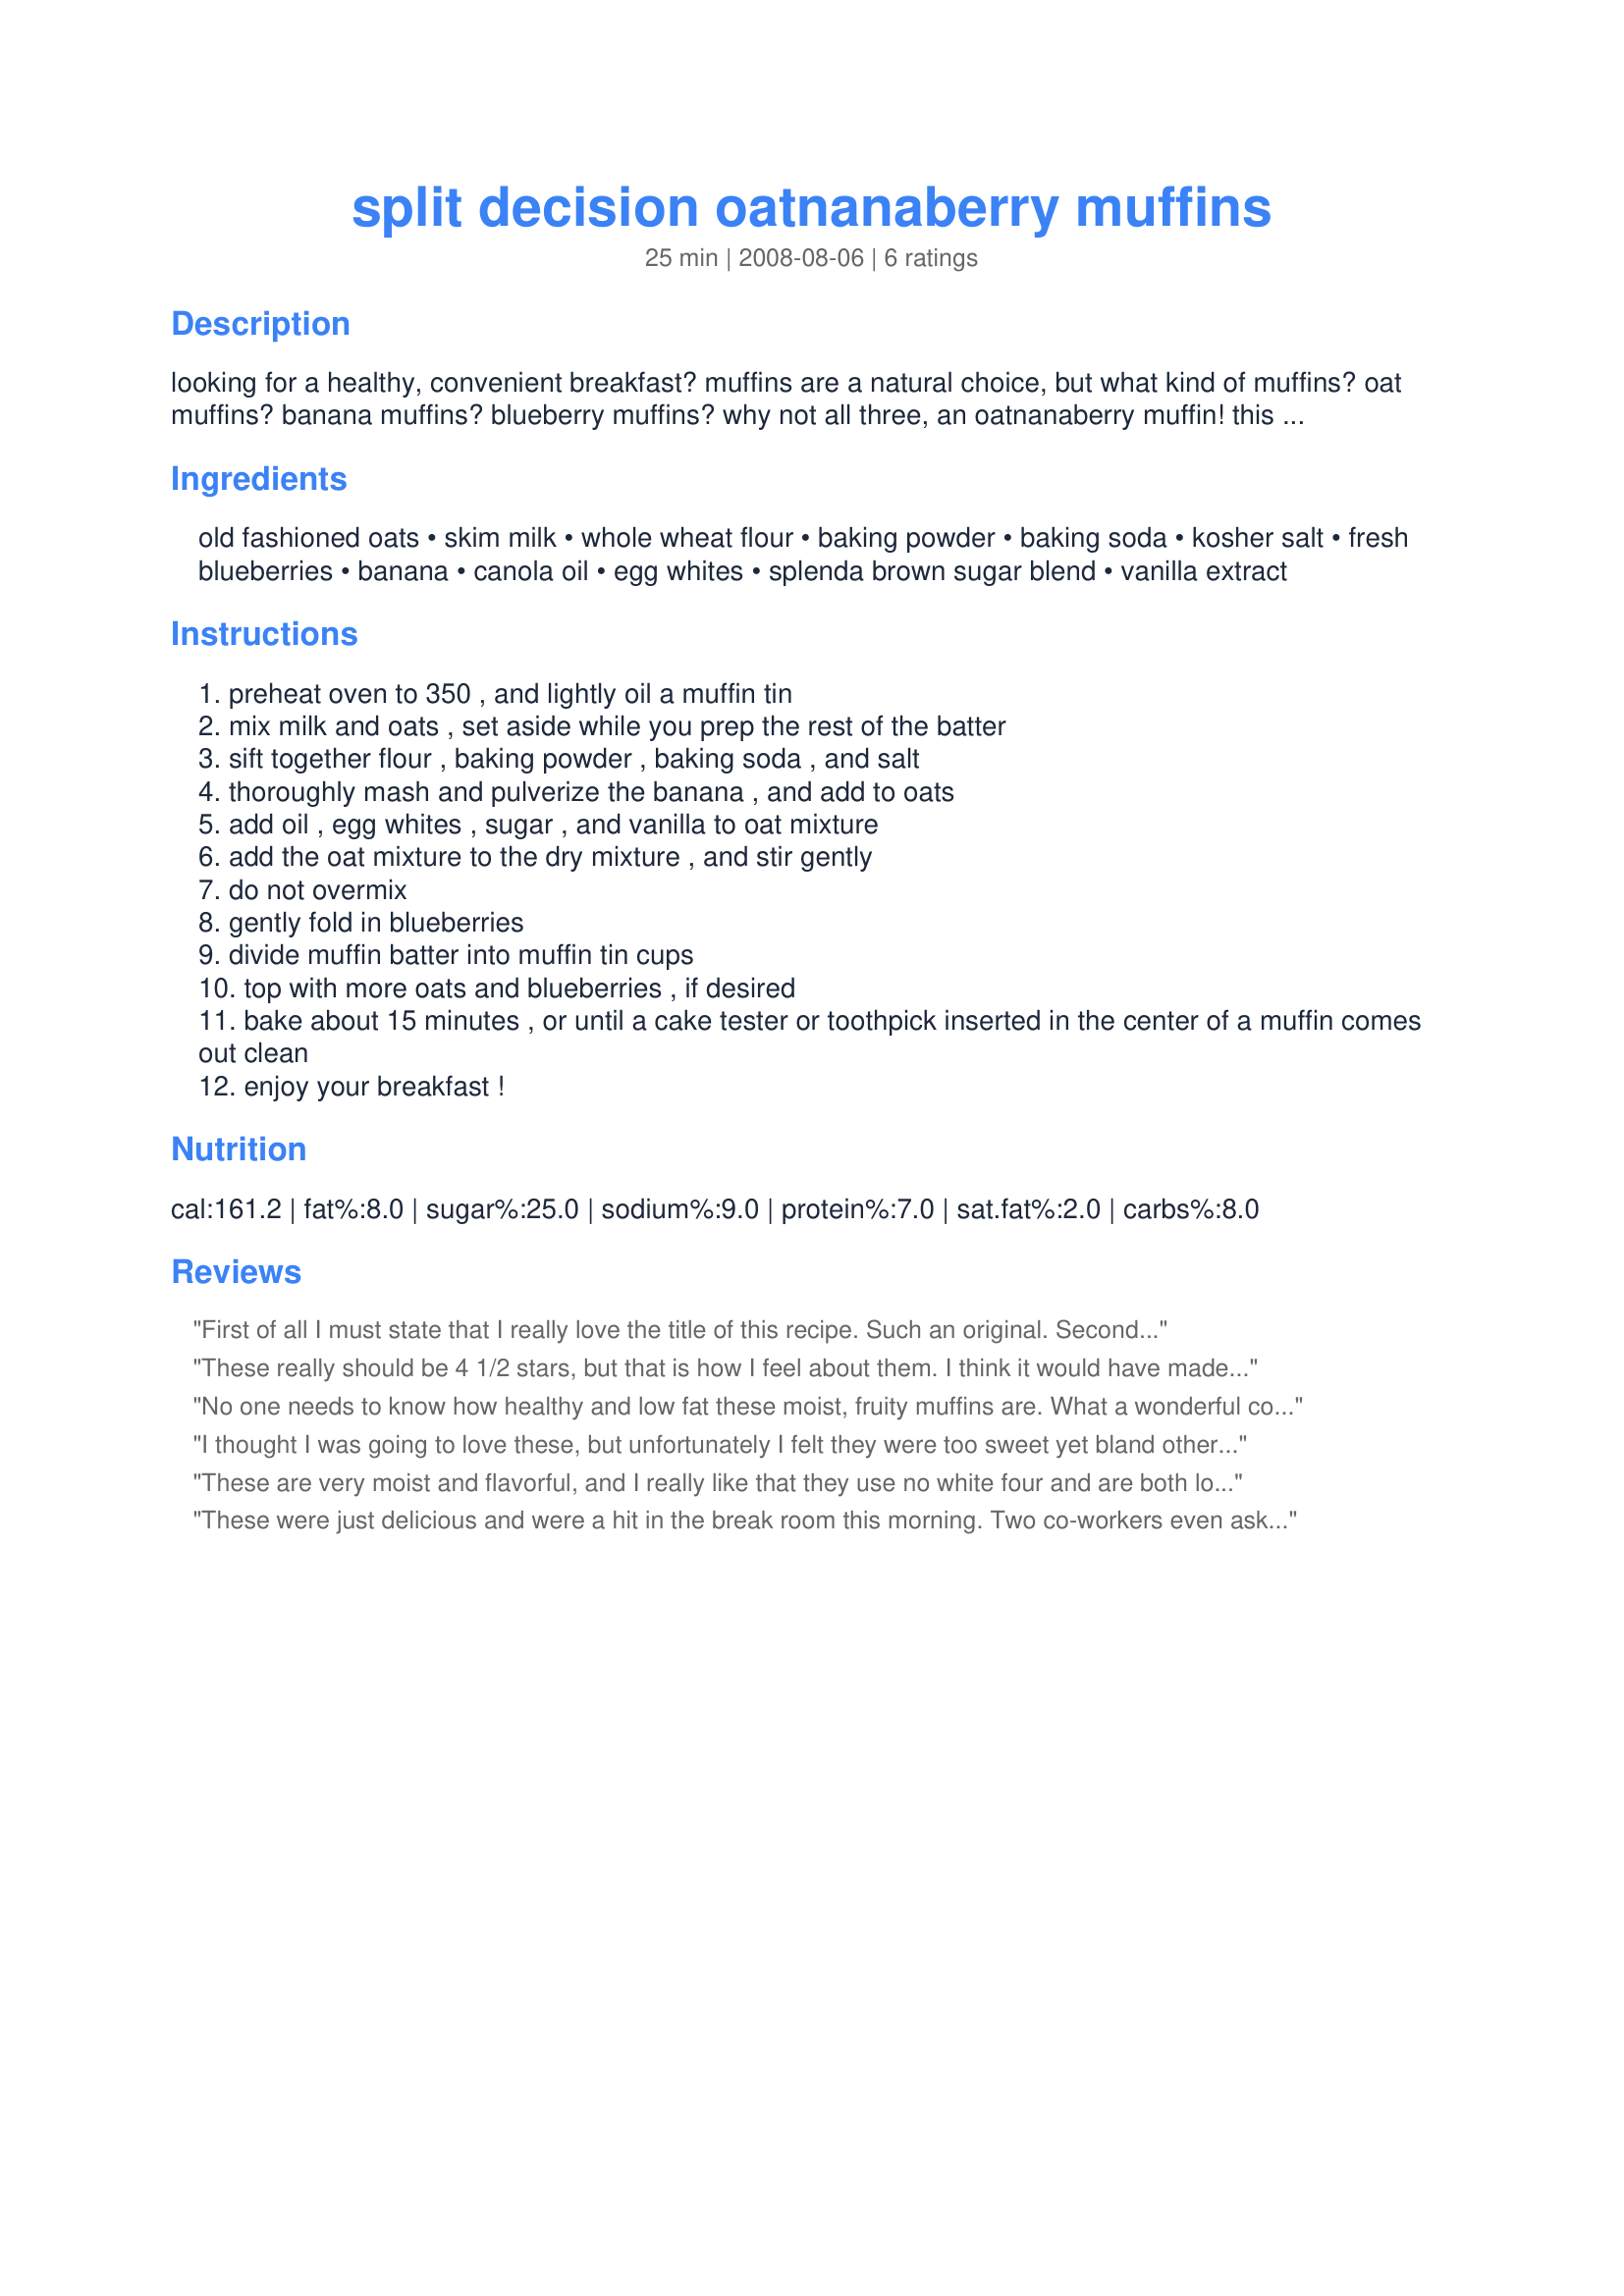
split decision oatnanaberry muffins
Preparation time: 25 minutes

looking for a healthy, convenient breakfast? muffins are a natural choice, but what kind of muffins? oat muffins? banana muffins? blueberry muffins? why not all three, an oatnanaberry muffin! this is the perfect recipe when you want all three of the best muffin flavors.

Ingredients:
old fashioned oats, skim milk, whole wheat flour, baking powder, baking soda, kosher salt, fresh blueberries, banana, canola oil, egg whites, splenda brown sugar blend, vanilla extract

Steps:
preheat oven to 350 , and lightly oil a muffin tin
mix milk and oats , set aside while you prep the rest of the batter
sift together flour , baking powder , baking soda , and salt
thoroughly mash and pulverize the banana , and add to oats
add oil , egg whites , sugar , and vanilla to oat mixture
add the oat mixture to the dry mixture , and stir gently
do not overmix
gently fold in blueberries
divide muffin batter into muffin tin cups
top with more oats and blueberries , if desired
bake about 15 minutes , or until a cake tester or toothpick inserted in the center of a muffin comes out clean
enjoy your breakfast !

Reviews:
First of all I must state that I really love the title of this recipe. Such an original. Secondly, I really favor all the ingredients involved with putting this recipe together and so I knew I would love it. It could easily be a very versatile recipe as far as different fruit combinations. If you have the basics of using oats and wheatflour, sky's the limit for the rest. Wonderful tasting and MOIST muffin and definitely a 5 star creation.!!
Made for RSC#12~
These really should be 4 1/2 stars, but that is how I feel about them. I think it would have made the muffins even more moist if there was another banana in them, but otherwise a tasty and guilt free pleasure.
No one needs to know how healthy and low fat these moist, fruity muffins are. What a wonderful combination of flavors! I made 6 jumbo muffins in liners and 3 smaller, regular-size muffins. All divinely delicious!
I thought I was going to love these, but unfortunately I felt they were too sweet yet bland otherwise. Perhaps increasing the vanilla, using less Splenda, and adding cinnamon would do the trick.
These are very moist and flavorful, and I really like that they use no white four and are both low in carbs/sugars and fat. I know I will make this often, as we enjoy home baked things occasionally for breakfast and this is so tasty. Good luck in the contest! ~Sue
These were just delicious and were a hit in the break room this morning. Two co-workers even asked for the recipe, a definite good sign as they try many Zaar recipes. Just a wee too sweet for me, might take out 1 or 2 tablespoons of sugar. They were sooooo moist I found they needed closer to 20 minutes to bake. My preparation included eliminating 1/2 the oil and replacing it with applesauce. Good luck with RSC#12.
